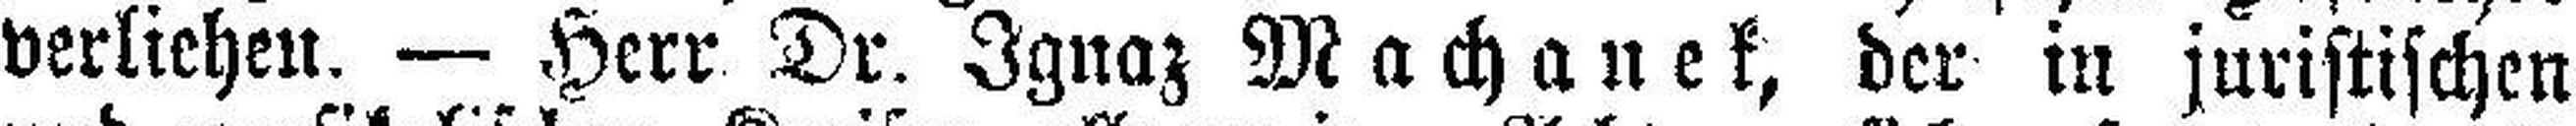
verliehen. — Herr Dr. Ignaz Machanek, der in juristischen